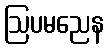
ဩပမညေန